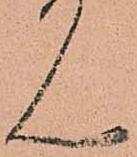
ん